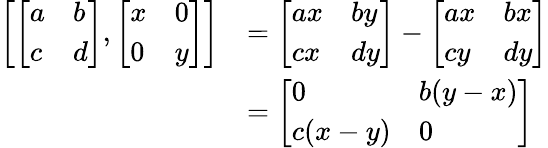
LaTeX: {\begin{array}{rl}{\left[{\left[\begin{array}{ll}{a}&{b}\\ {c}&{d}\end{array}\right]},{\left[\begin{array}{ll}{x}&{0}\\ {0}&{y}\end{array}\right]}\right]}&{={\left[\begin{array}{ll}{ax}&{by}\\ {cx}&{dy}\end{array}\right]}-{\left[\begin{array}{ll}{ax}&{bx}\\ {cy}&{dy}\end{array}\right]}}\\ &{={\left[\begin{array}{ll}{0}&{b(y-x)}\\ {c(x-y)}&{0}\end{array}\right]}}\end{array}}